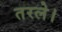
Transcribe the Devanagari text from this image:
तरले।